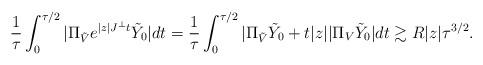
LaTeX: \begin{align*} \frac{1}{\tau}\int_0^{\tau/2}|\Pi_{\tilde{V}} e^{|z| J^\perp t}\tilde{Y}_0|dt = \frac{1}{\tau}\int_0^{\tau/2} |\Pi_{\tilde{V}} \tilde{Y}_0 + t|z| |\Pi_V \tilde{Y}_0| dt \gtrsim R |z|\tau^{3/2}.\end{align*}